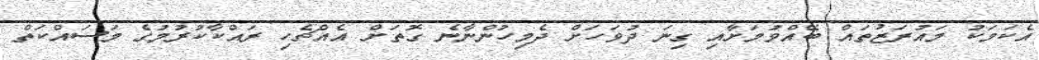
އެކަމަކު މައުރަޒުތައް ބޭއްވުމަށާއި ގިނަ ދުވަހަށް ދެމިހުންނާނެ ގޮތަށް އެއްޗެހި ރައްކާކުރުމުގެ މަސައްކަތް